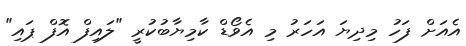
އެއަށް ފަހު މިދިޔަ އަހަރު މި އެވޯޑް ކާމިޔާބުކުރީ "ލައިފް އޮފް ޕައި"